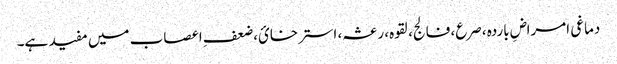
دماغی امراضِ باردہ ،صرع، فالج، لقوہ، رعشہ، استرخائ، ضعفِ اعصاب میں مفید ہے۔